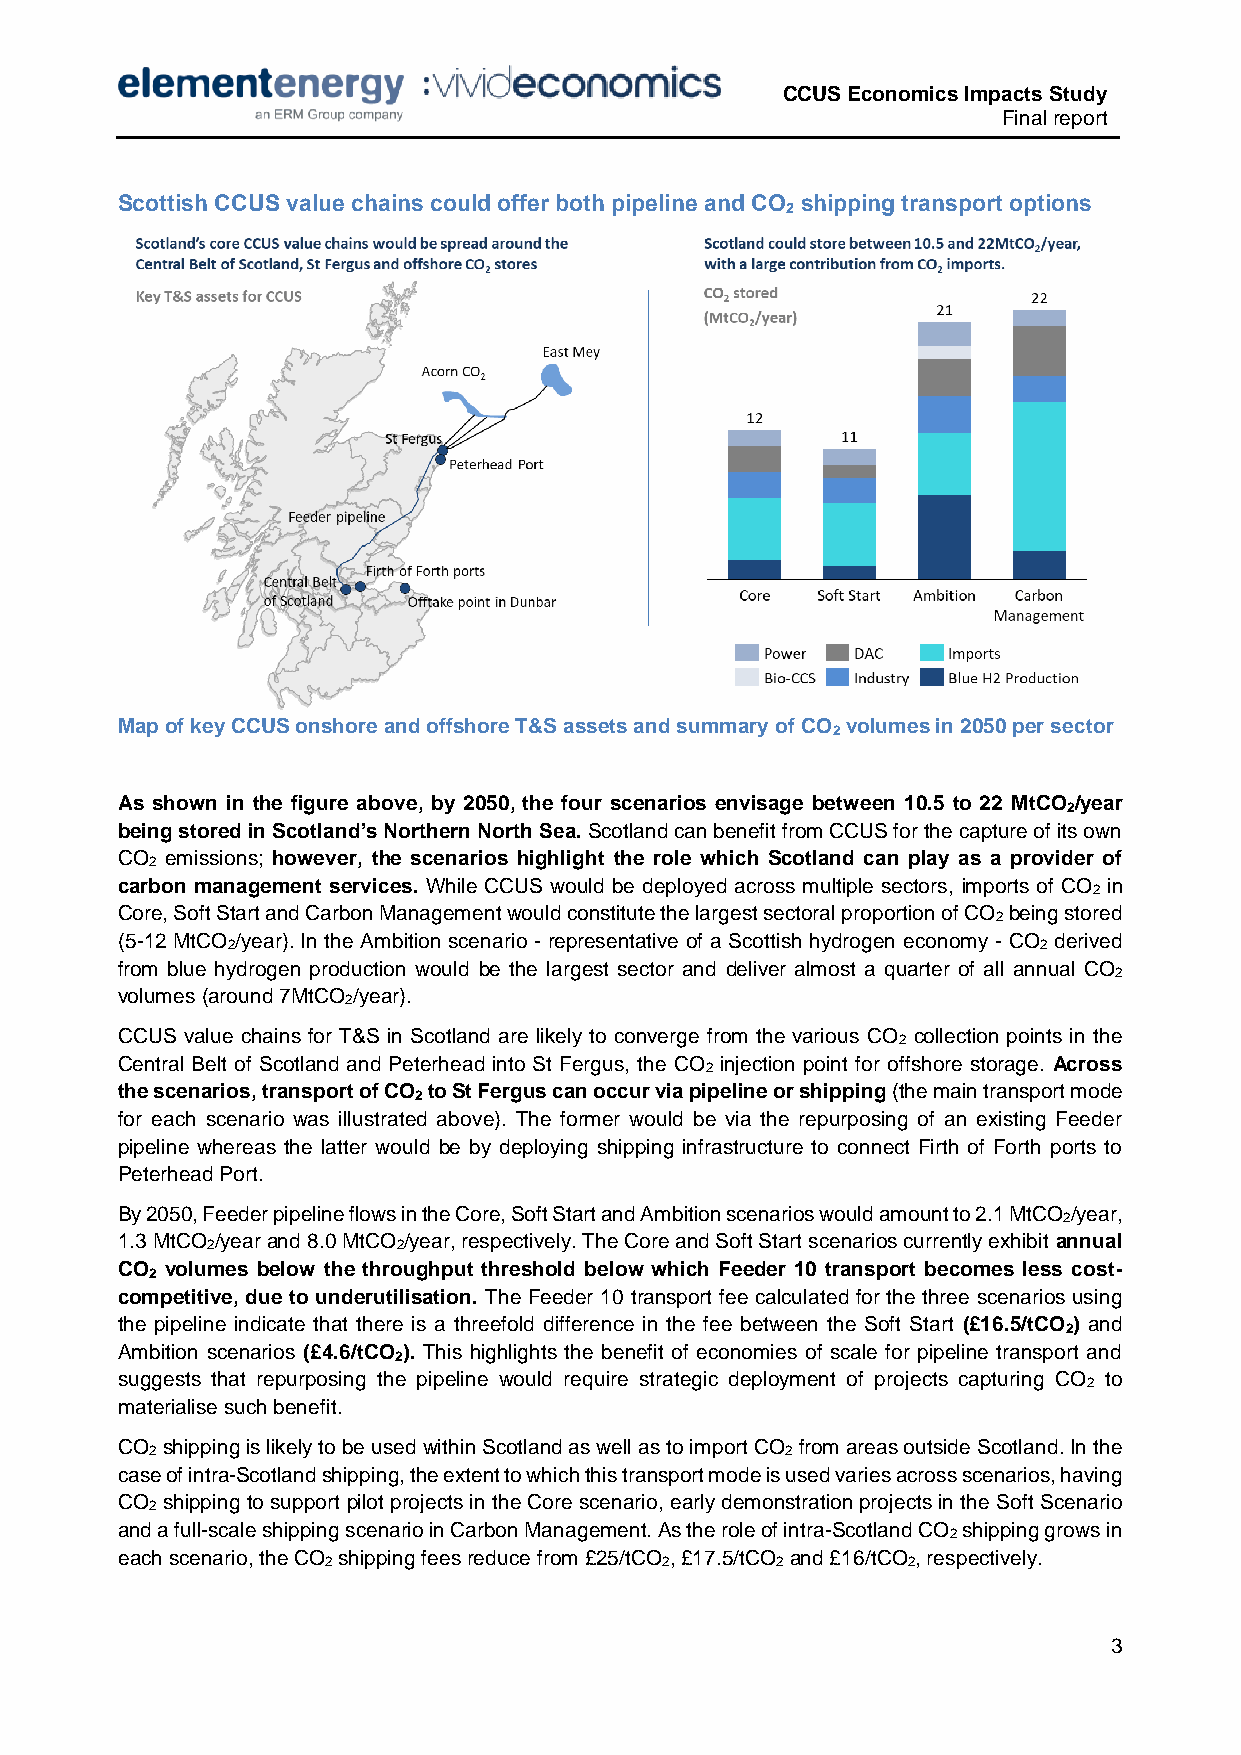
CCUS Economics Impacts Study
 Final report
 Scottish CCUS value chains could offer both pipeline and CO shipping transport options
 2
 Map of key CCUS onshore and offshore T&S assets and summary of CO volumes in 2050 per sector
 2
 As shown in the figure above, by 2050, the four scenarios envisage between 10.5 to 22 MtCO /year
 2
 being stored in Scotland’s Northern North Sea. Scotland can benefit from CCUS for the capture of its own
 CO emissions; however, the scenarios highlight the role which Scotland can play as a provider of
 2
 carbon management services. While CCUS would be deployed across multiple sectors, imports of CO in
 2
 Core, Soft Start and Carbon Management would constitute the largest sectoral proportion of CO being stored
 2
 (5-12 MtCO /year). In the Ambition scenario - representative of a Scottish hydrogen economy - CO derived
 2                                                     2
 from blue hydrogen production would be the largest sector and deliver almost a quarter of all annual CO
 2
 volumes (around 7MtCO /year).
 2
 CCUS value chains for T&S in Scotland are likely to converge from the various CO collection points in the
 2
 Central Belt of Scotland and Peterhead into St Fergus, the CO injection point for offshore storage. Across
 2
 the scenarios, transport of CO to St Fergus can occur via pipeline or shipping (the main transport mode
 2
 for each scenario was illustrated above). The former would be via the repurposing of an existing Feeder
 pipeline whereas the latter would be by deploying shipping infrastructure to connect Firth of Forth ports to
 Peterhead Port.
 By 2050, Feeder pipeline flows in the Core, Soft Start and Ambition scenarios would amount to 2.1 MtCO /year,
 2
 1.3 MtCO /year and 8.0 MtCO /year, respectively. The Core and Soft Start scenarios currently exhibit annual
 2           2
 CO volumes below the throughput threshold below which Feeder 10 transport becomes less cost-
 2
 competitive, due to underutilisation. The Feeder 10 transport fee calculated for the three scenarios using
 the pipeline indicate that there is a threefold difference in the fee between the Soft Start (£16.5/tCO ) and
 2
 Ambition scenarios (£4.6/tCO ). This highlights the benefit of economies of scale for pipeline transport and
 2
 suggests that repurposing the pipeline would require strategic deployment of projects capturing CO to
 2
 materialise such benefit.
 CO shipping is likely to be used within Scotland as well as to import CO from areas outside Scotland. In the
 2                                         2
 case of intra-Scotland shipping, the extent to which this transport mode is used varies across scenarios, having
 CO shipping to support pilot projects in the Core scenario, early demonstration projects in the Soft Scenario
 2
 and a full-scale shipping scenario in Carbon Management. As the role of intra-Scotland CO shipping grows in
 2
 each scenario, the CO shipping fees reduce from £25/tCO , £17.5/tCO and £16/tCO , respectively.
 2                     2      2        2
 3